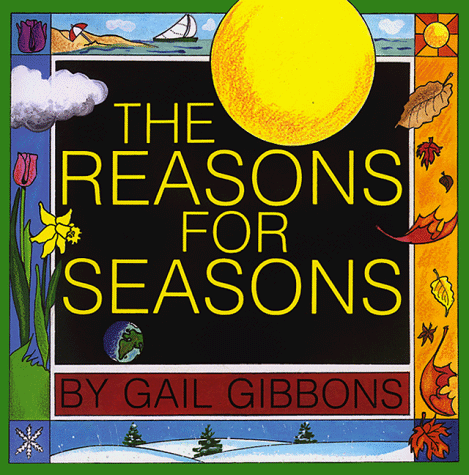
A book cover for The Reasons for Seasons; Gail Gibbons; Science & Math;